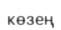
көзең